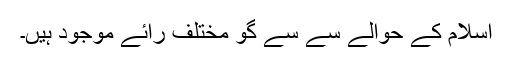
اسلام کے حوالے سے سے گو مختلف رائے موجود ہیں۔